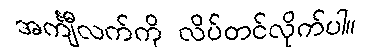
အင်္ကျီလက်ကို လိပ်တင်လိုက်ပါ။